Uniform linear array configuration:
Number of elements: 8
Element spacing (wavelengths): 0.5
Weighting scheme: binomial
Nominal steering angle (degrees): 60
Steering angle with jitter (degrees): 60.379
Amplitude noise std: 0.05
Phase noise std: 0.05

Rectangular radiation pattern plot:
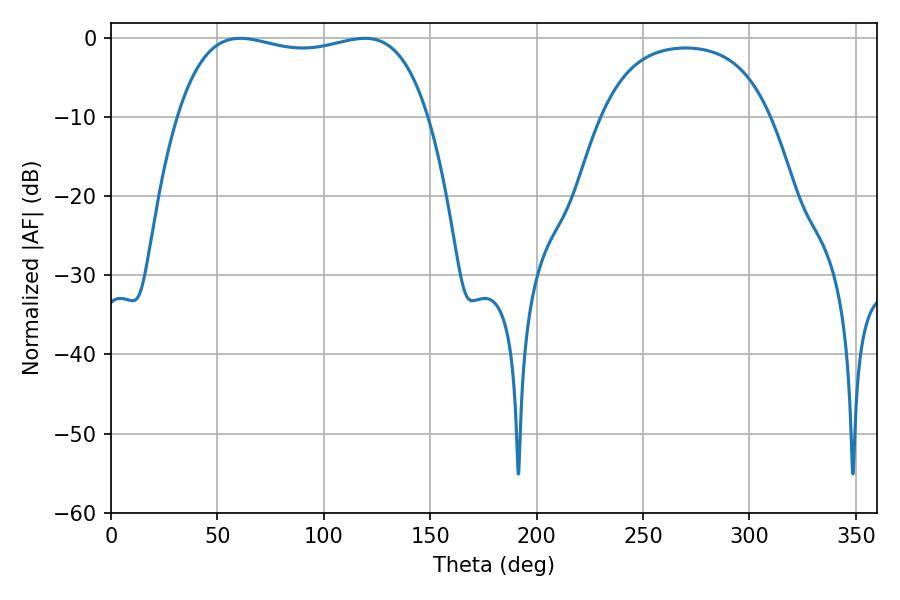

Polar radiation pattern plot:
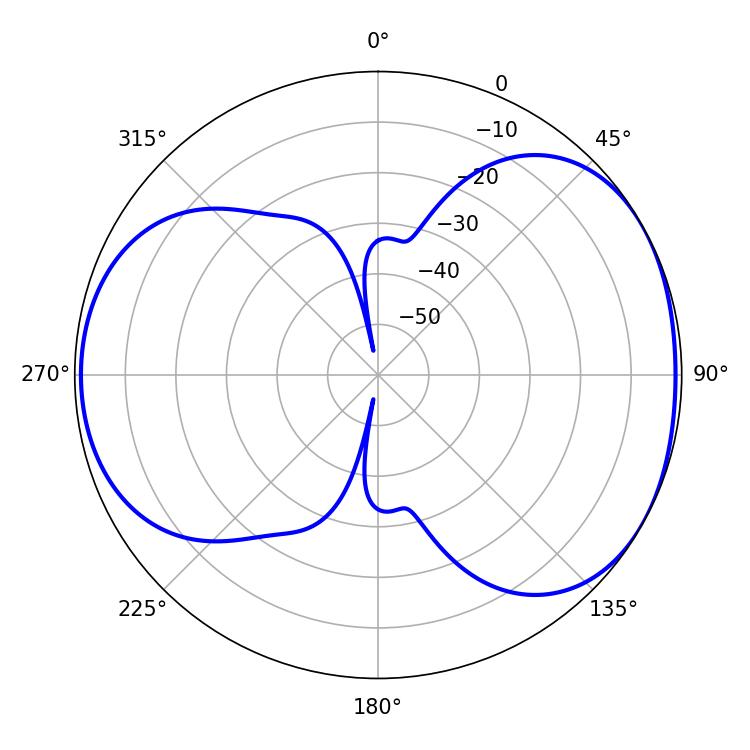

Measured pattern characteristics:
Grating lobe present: FALSE
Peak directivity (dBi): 4.793
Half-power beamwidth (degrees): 95.04
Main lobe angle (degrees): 60.66